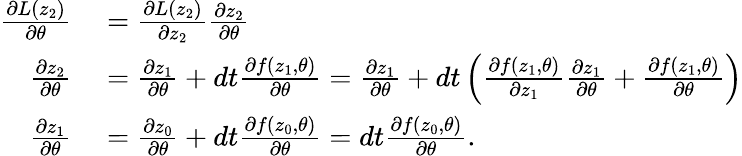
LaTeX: \begin{array}{rl}{\frac{\partial L(z_{2})}{\partial\theta}}&{{}=\frac{\partial L(z_{2})}{\partial z_{2}}\frac{\partial z_{2}}{\partial\theta}}\\ {\frac{\partial z_{2}}{\partial\theta}}&{{}=\frac{\partial z_{1}}{\partial\theta}+dt\frac{\partial f(z_{1},\theta)}{\partial\theta}=\frac{\partial z_{1}}{\partial\theta}+dt\left(\frac{\partial f(z_{1},\theta)}{\partial z_{1}}\frac{\partial z_{1}}{\partial\theta}+\frac{\partial f(z_{1},\theta)}{\partial\theta}\right)}\\ {\frac{\partial z_{1}}{\partial\theta}}&{{}=\frac{\partial z_{0}}{\partial\theta}+dt\frac{\partial f(z_{0},\theta)}{\partial\theta}=dt\frac{\partial f(z_{0},\theta)}{\partial\theta}.}\end{array}